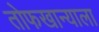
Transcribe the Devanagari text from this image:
तोफखान्याला